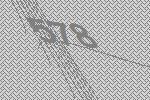
578